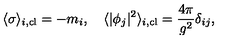
\langle \sigma \rangle _ { i , \mathrm { c l } } = - m _ { i } , \quad \langle | \phi _ { j } | ^ { 2 } \rangle _ { i , \mathrm { c l } } = { \frac { 4 \pi } { g ^ { 2 } } } \delta _ { i j } ,